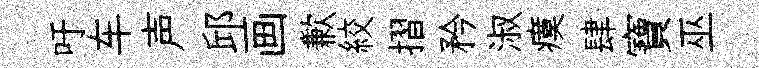
吁车声邱画歉絞摺矜淑瘼肆寶巫